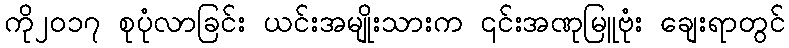
ကို၂၀၁၇ စုပုံလာခြင်း ယင်းအမျိုးသားက ၎င်းအဏုမြူဗုံး ချေးရာတွင်